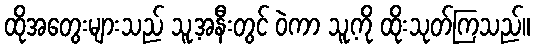
ထိုအတွေးများသည် သူ့အနီးတွင် ဝဲကာ သူ့ကို ထိုးသုတ်ကြသည်။